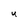
Character: U